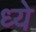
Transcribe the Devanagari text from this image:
ध्ये